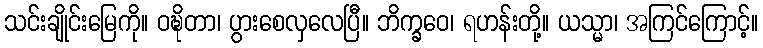
သင်းချိုင်းမြေကို။ ဝဍ္ဎိတာ၊ ပွားစေလှလေပြီ။ ဘိက္ခဝေ၊ ရဟန်းတို့။ ယသ္မာ၊ အကြင်ကြောင့်။